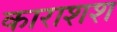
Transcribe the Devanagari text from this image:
काराशश